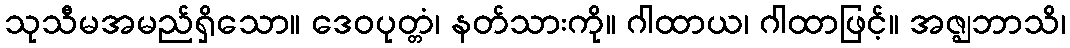
သုသီမအမည်ရှိသော။ ဒေဝပုတ္တံ၊ နတ်သားကို။ ဂါထာယ၊ ဂါထာဖြင့်။ အဇ္ဈဘာသိ၊